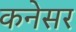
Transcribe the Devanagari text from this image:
कनेसर